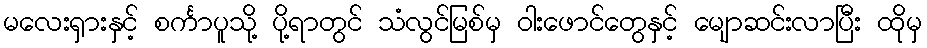
မလေးရှားနှင့် စင်္ကာပူသို့ ပို့ရာတွင် သံလွင်မြစ်မှ ဝါးဖောင်တွေနှင့် မျောဆင်းလာပြီး ထိုမှ